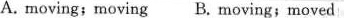
A. moving; moving B. Moving;moved